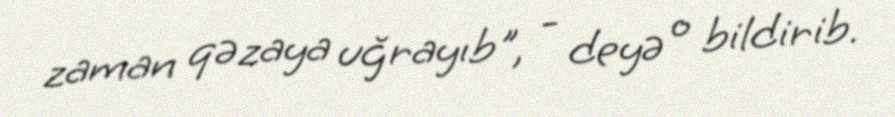
zaman qəzaya uğrayıb", - deyə o bildirib.